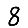
Digit: 8